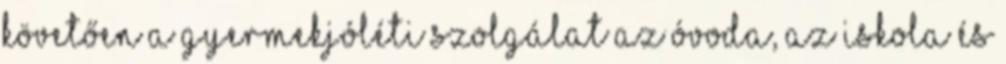
követően a gyermekjóléti szolgálat az óvoda, az iskola és